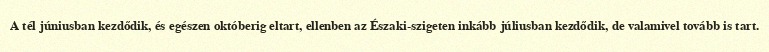
A tél júniusban kezdődik, és egészen októberig eltart, ellenben az Északi-szigeten inkább júliusban kezdődik, de valamivel tovább is tart.